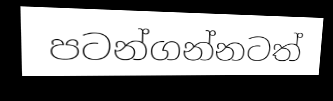
පටන්ගන්නටත්